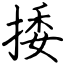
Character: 捼